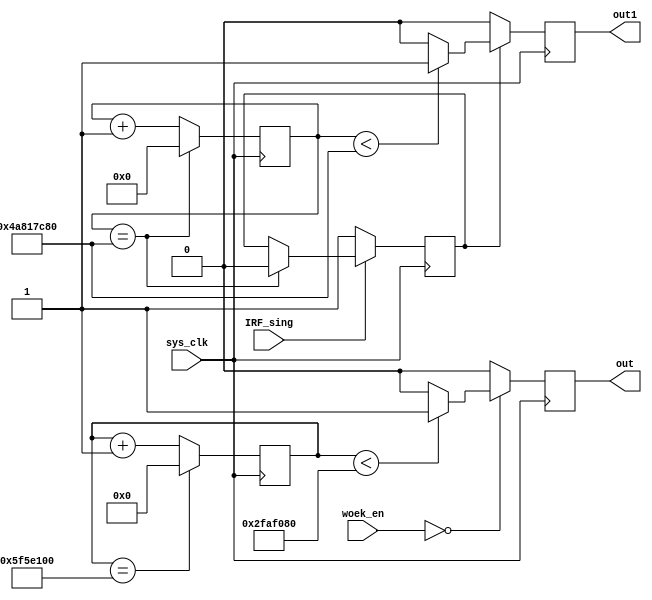
module worek_u(
	sys_clk,
	out,
	out1,
	IRF_sing,
	woek_en);

	//---Ports declearation: generated by Robei---
	input sys_clk;
	output out;
	output out1;
	input IRF_sing;
	input [2:0] woek_en;

	wire sys_clk;
	reg out;
	reg out1;
	wire IRF_sing;
	wire [2:0] woek_en;

	//----Code starts here: integrated by Robei-----
	parameter     woek_sl  = 50000000;
	parameter     work_sl  =  1250000000;
		
		//cntreg define
		reg      [27:0]         cnt_work = 0;
		reg      [31:0]         cnt_daley = 0;
		reg                         IRF_state;
		
		//
		always@(posedge sys_clk) begin
		         if(!IRF_sing) begin
		               IRF_state <= 1;
		         end
		         else if(cnt_daley == 1250000000) begin
		               IRF_state <= 0;
		         end
		         else begin
		               IRF_state <= IRF_state;
		         end
		end
		
		//cnt_work sign
		always@(posedge sys_clk) begin
		   //    if(cnt_work == 1) begin //
		     if(cnt_work ==100000000) begin
		             cnt_work <= 0;
		      end
		      else begin
		             cnt_work = cnt_work+1;
		      end
		end
		
		//cnt_daley sign
		always@(posedge sys_clk) begin
		  //    if(cnt_daley == 25) begin //
		      if(cnt_daley == 1250000000) begin
		             cnt_daley <= 0;
		      end
		      else begin
		             cnt_daley = cnt_daley+1;
		      end 
		end
		
		//always
		always@(posedge sys_clk ) begin
		        if(!woek_en) begin
		               if(cnt_work < woek_sl) begin     
		                    out <= 1;
		               end
		               else begin
		                    out <= 0;
		               end
		        end
		        else begin
		               out <= 0;
		        end
		end
		
		//always
		always@(posedge sys_clk ) begin
		        if(IRF_state) begin
		
		                if(cnt_daley < work_sl) begin 
		                   out1 <= 1;
		              end
		              else begin
		                   out1 <= 0;
		              end
		        end
		        else begin
		              out1 <= 0;
		        end
		end
		
		
		
	
	
	
endmodule    //worek_u